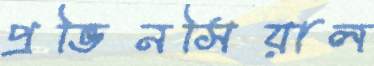
প্রভিনসিয়াল